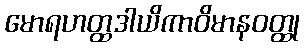
မောရဟတ္ထဒါယိကာဝိမာနဝတ္ထု